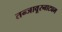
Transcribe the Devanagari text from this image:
तन्‍जावूरनाट्यम